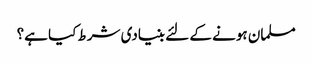
مسلمان ہونے کے لئے بنیادی شرط کیا ہے؟